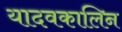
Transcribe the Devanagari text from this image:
यादवकालिन